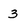
Character: 3